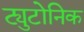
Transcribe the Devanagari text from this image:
ट्युटोनिक